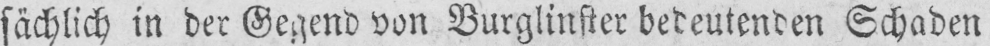
sächlich in der Gegend von Burglinster bedeutenden Schaden